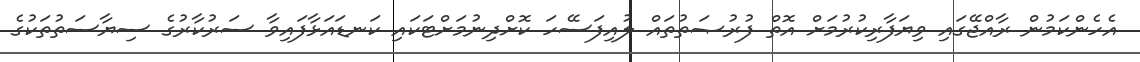
އެހެންކަމުން ރާއްޖޭގައި ވިޔަފާރިކުރުމަށް އޮތް ފުރުޞަތުތައް ލުއިފަސޭހަ ކޮށްދިނުމަށްޓަކައި ކަނޑައަޅާފައިވާ ސަރުކާރުގެ ސިޔާސަތުތަކުގެ